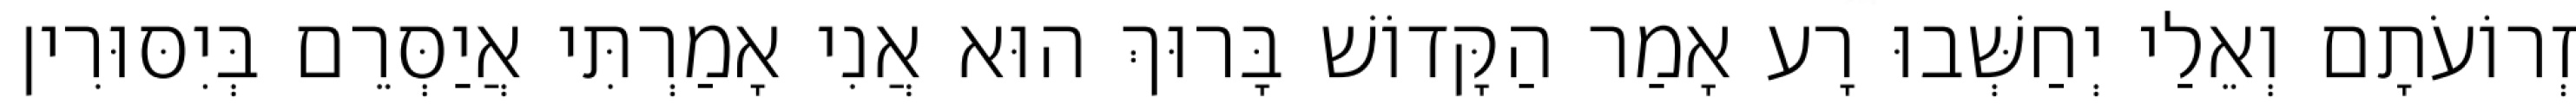
זְרוֹעֹתָם וְאֵלַי יְחַשְּׁבוּ רָע אָמַר הַקָּדוֹשׁ בָּרוּךְ הוּא אֲנִי אָמַרְתִּי אֲיַסְּרֵם בְּיִסּוּרִין